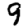
Digit: 9